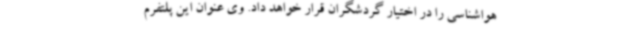
هواشناسی را در اختیار گردشگران قرار خواهد داد. وی عنوان این پلتفرم